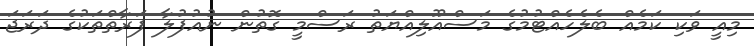
މިއީ ވަކި ކަމެއް ބެލެހެއްޓުމުގެ މަސްއޫލިއްޔަތު ރަސްމީ ގޮތުން ނުއުފުލާ ފަރާތްތަކުގެ ދަރަޖަ